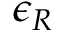
\epsilon _ { R }